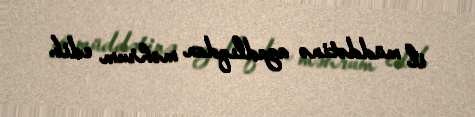
il müddətinə azadlıqdan məhrum edib.